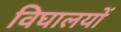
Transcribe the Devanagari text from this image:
विघालयों